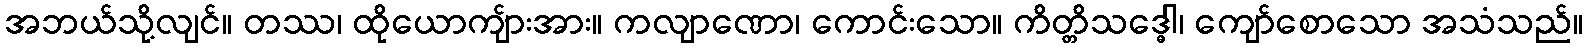
အဘယ်သို့လျင်။ တဿ၊ ထိုယောကျ်ားအား။ ကလျာဏော၊ ကောင်းသော။ ကိတ္တိသဒ္ဓေါ၊ ကျော်စောသော အသံသည်။